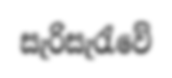
සැරිසැරැවේ